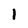
Character: I